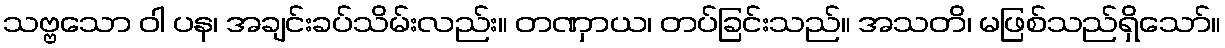
သဗ္ဗသော ဝါ ပန၊ အချင်းခပ်သိမ်းလည်း။ တဏှာယ၊ တပ်ခြင်းသည်။ အသတိ၊ မဖြစ်သည်ရှိသော်။